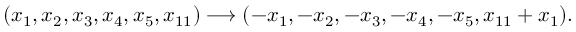
( x _ { 1 } , x _ { 2 } , x _ { 3 } , x _ { 4 } , x _ { 5 } , x _ { 1 1 } ) \longrightarrow ( - x _ { 1 } , - x _ { 2 } , - x _ { 3 } , - x _ { 4 } , - x _ { 5 } , x _ { 1 1 } + x _ { 1 } ) .